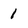
Character: 1